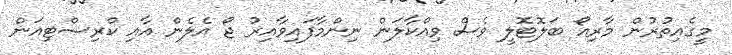
މީގެއިތުރުން މާރިއޯ ބަލޮޓޮލީ ވެސް ވިއްކާލަން ނިންމާފައިވާއިރު ޖޯ އެލެން އާއި ކްރިސްޓިއަން